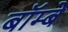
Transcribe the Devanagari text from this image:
बॉम्‍बे